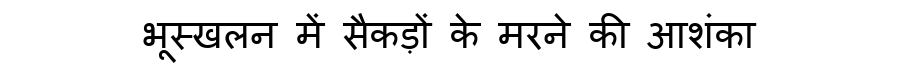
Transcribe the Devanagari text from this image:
भूस्खलन में सैकड़ों के मरने की आशंका